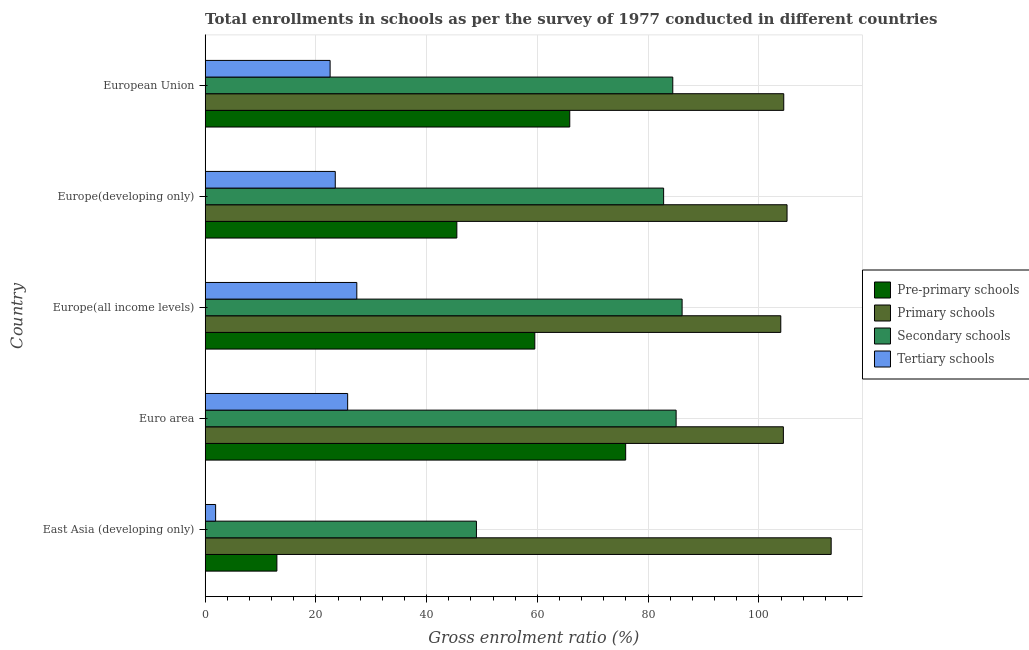
| Country | Pre-primary schools | Primary schools | Secondary schools | Tertiary schools |
 | --- | --- | --- | --- | --- |
 | East Asia (developing only) | 12.9 | 113 | 49 | 1.88 |
 | Euro area | 75.9 | 104 | 85.1 | 25.7 |
 | Europe(all income levels) | 59.5 | 104 | 86.1 | 27.4 |
 | Europe(developing only) | 45.5 | 105 | 82.8 | 23.5 |
 | European Union | 65.8 | 104 | 84.5 | 22.6 |